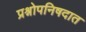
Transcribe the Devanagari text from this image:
प्रश्नोपनिषदात